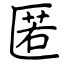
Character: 匿